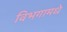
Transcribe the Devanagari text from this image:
विभगामधे